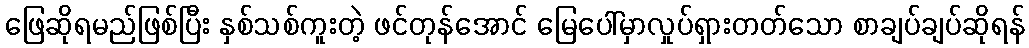
ဖြေဆိုရမည်ဖြစ်ပြီး နှစ်သစ်ကူးတဲ့ ဖင်တုန်အောင် မြေပေါ်မှာလှုပ်ရှားတတ်သော စာချပ်ချပ်ဆိုရန်